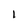
Character: 1